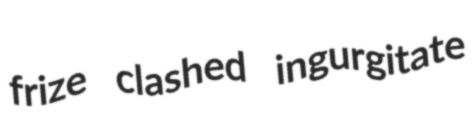
frize clashed ingurgitate